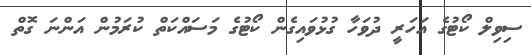
ސިވިލް ކޯޓުގެ އަހަރީ ދުވަހާ ގުޅުވައިގެން ކޯޓުގެ މަސައްކަތް ކުރަމުން އަންނަ ގޮތް